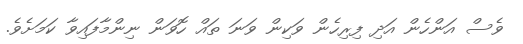
ވެސް އަންހެން އަދި ފިރިހެން ވަކިން ވަނަ ތައް ހޮވަން ނިންމާފައިވާ ކަމަށެވެ.